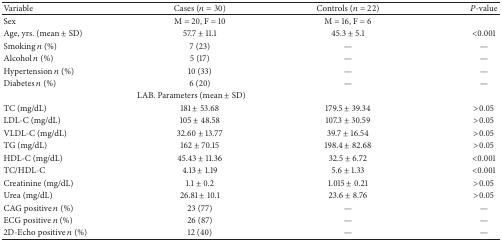
<table><thead><tr><td><b>Variable</b></td><td><b>Cases (<i>n</i> = 30)</b></td><td><b>Controls (<i>n</i> = 22) </b></td><td><b><i>P</i>-value</b></td></tr></thead><tbody><tr><td>Sex</td><td>M = 20, F = 10</td><td>M = 16, F = 6</td><td> </td></tr><tr><td>Age, yrs. (mean ± SD)</td><td>57.7 ± 11.1</td><td>45.3 ± 5.1</td><td>&lt;0.001</td></tr><tr><td>Smoking <i>n</i> (%)</td><td>7 (23)</td><td>—</td><td>—</td></tr><tr><td>Alcohol <i>n</i> (%)</td><td>5 (17)</td><td>—</td><td>—</td></tr><tr><td>Hypertension <i>n</i> (%)</td><td>10 (33)</td><td>—</td><td>—</td></tr><tr><td>Diabetes <i>n</i> (%)</td><td>6 (20)</td><td>—</td><td>—</td></tr><tr><td colspan="3">LAB. Parameters (mean ± SD)</td><td> </td></tr><tr><td>TC (mg/dL) </td><td>181 ± 53.68</td><td>179.5 ± 39.34</td><td>&gt;0.05</td></tr><tr><td>LDL-C (mg/dL)</td><td>105 ± 48.58</td><td>107.3 ± 30.59</td><td>&gt;0.05</td></tr><tr><td>VLDL-C (mg/dL)</td><td>32.60 ± 13.77</td><td>39.7 ± 16.54</td><td>&gt;0.05</td></tr><tr><td>TG (mg/dL)</td><td>162 ± 70.15</td><td>198.4 ± 82.68</td><td>&gt;0.05</td></tr><tr><td>HDL-C (mg/dL)</td><td>45.43 ± 11.36</td><td>32.5 ± 6.72</td><td>&lt;0.001</td></tr><tr><td>TC/HDL-C</td><td>4.13 ± 1.19</td><td>5.6 ± 1.33</td><td>&lt;0.001</td></tr><tr><td>Creatinine (mg/dL)</td><td>1.1 ± 0.2 </td><td>1.015 ± 0.21</td><td>&gt;0.05</td></tr><tr><td>Urea (mg/dL)</td><td>26.81 ± 10.1</td><td>23.6 ± 8.76</td><td>&gt;0.05</td></tr><tr><td>CAG positive <i>n</i> (%)</td><td>23 (77)</td><td>—</td><td>—</td></tr><tr><td>ECG positive <i>n</i> (%)</td><td>26 (87)</td><td>—</td><td>—</td></tr><tr><td>2D-Echo positive <i>n</i> (%)</td><td>12 (40)</td><td>—</td><td>—</td></tr></tbody></table>